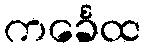
ကင်္ခေထ